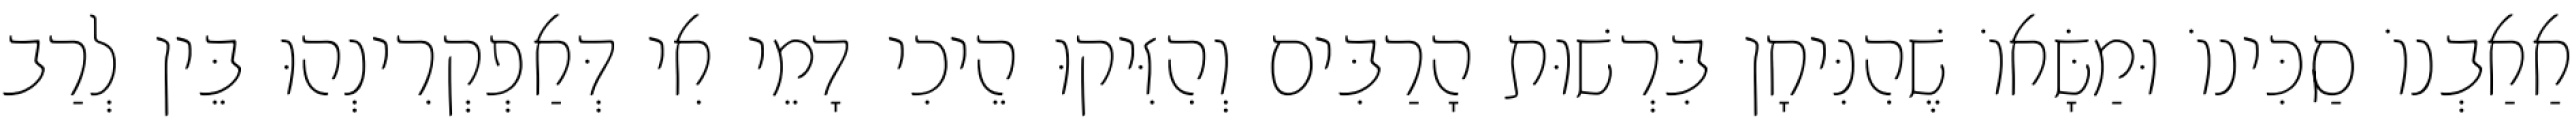
אַאַבְנוֹ סַכִּינוֹ וּמַשָּׂאוֹ שֶׁהִנִּיחָן בִּרְשׁוּת הָרַבִּים וְהִזִּיקוּ הֵיכִי דָמֵי אִי דְּאַפְקְרִינְהוּ בֵּין לְרַב